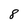
Character: 8